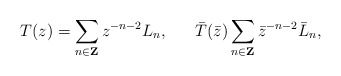
\begin{align*}T(z)=\sum_{n\in{\bf Z}}z^{-n-2}L_n,\ \ \ \ \ \bar{T}(\bar{z})\sum_{n\in{\bf Z}}\bar{z}^{-n-2}\bar{L}_n,\end{align*}